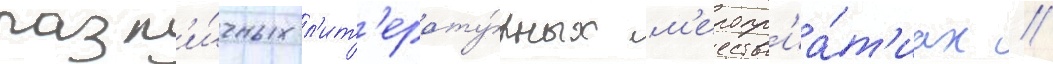
разл'и́чных л'ит'ерату́рных м'еропр'иа́т'иах //